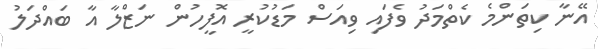
އޭނާ ކިތަންމެ ކެތްމަދު ވެފައި ވިއަސް މަޑުކުރީ އޮފީހުން ނަޒްލާ އާ ބައްދަލު